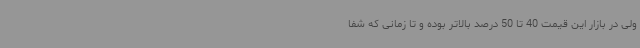
ولی در بازار این قیمت 40 تا 50 درصد بالاتر بوده و تا زمانی که شفا